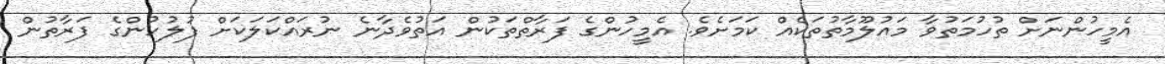
އެމީހުންނަށް ތުހުމަތުވާ މައުލޫމާތުތަކެއް ކަމަށެވެ. އެމީހުންގެ ފަރާތްތަކުން އަތުވެދާނެ ނުރައްކަލަކަށް ފުލުހުންގެ ފަރާތުން